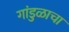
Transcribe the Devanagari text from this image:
गांडुळाचा